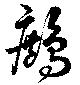
鷓